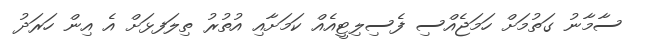
ސާމާނު ގަތުމަަށް ހަމަޖެއްސި ފެސިލިޓީއެއް ކަމަށާއި އުތުރު ތިލަަފޅަށް އެ އިން ހަރަދު